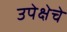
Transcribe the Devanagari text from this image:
उपेक्षेचे